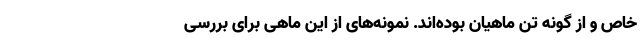
خاص و از گونه تن ماهیان بوده‌اند. نمونه‌های از این ماهی برای بررسی